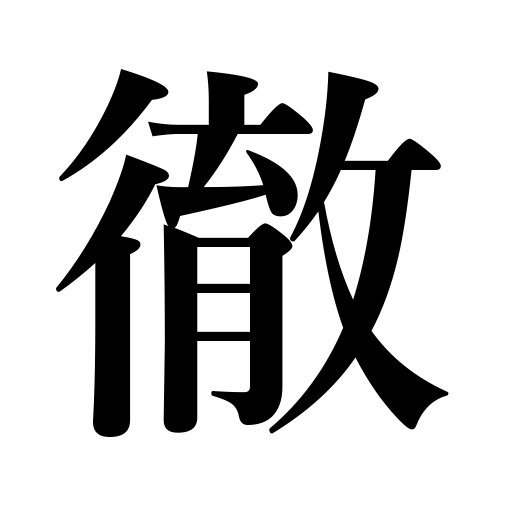
Meanings: clear